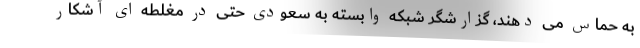
به حماس می دهند، گزارشگر شبکه وابسته به سعودی حتی در مغلطه ای آشکار